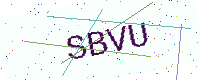
Text: SBVU